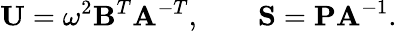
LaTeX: \mathbf{U}=\omega^{2}\mathbf{B}^{T}\mathbf{A}^{-T},\qquad\mathbf{S}=\mathbf{PA}^{-1}.